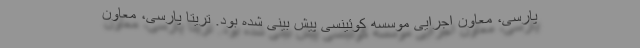
پارسی، معاون اجرایی موسسه کوئینسی پیش بینی شده بود. تریتا پارسی، معاون